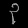
Digit: ၃